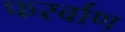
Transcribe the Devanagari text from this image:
फर्स्वाण